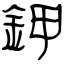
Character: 鉀